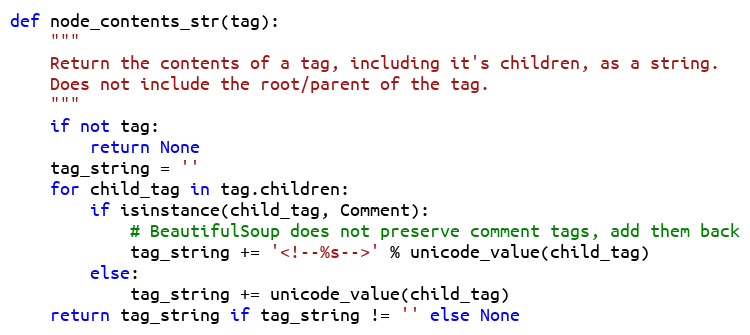
Language: Python
def node_contents_str(tag):
    """
    Return the contents of a tag, including it's children, as a string.
    Does not include the root/parent of the tag.
    """
    if not tag:
        return None
    tag_string = ''
    for child_tag in tag.children:
        if isinstance(child_tag, Comment):
            # BeautifulSoup does not preserve comment tags, add them back
            tag_string += '<!--%s-->' % unicode_value(child_tag)
        else:
            tag_string += unicode_value(child_tag)
    return tag_string if tag_string != '' else None